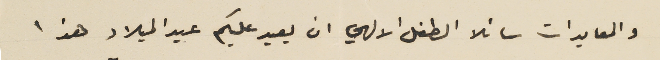
والمعايدات سائلا الطفل الالهي ان يعيد عليكم عيد الميلاد هذا